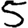
Digit: 5